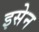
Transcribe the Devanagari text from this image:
इसेन